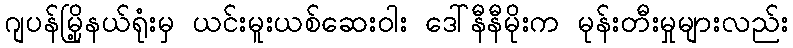
ဂျပန်မြို့နယ်ရုံးမှ ယင်းမူးယစ်ဆေးဝါး ဒေါ်နီနီမိုးက မုန်းတီးမှုများလည်း